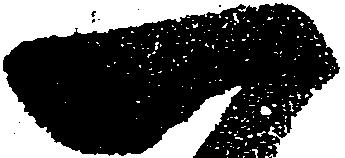
一